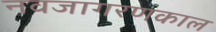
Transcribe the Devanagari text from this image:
नवजागरणकाल